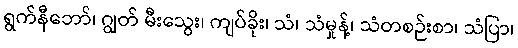
ရွက်နီဘော်၊ ဂျွတ် မီးသွေး၊ ကျပ်ခိုး၊ သံ၊ သံမှုန့်၊ သံတစဉ်းစာ၊ သံပြာ၊